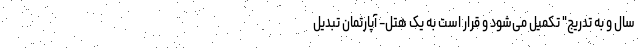
سال و به تدریج" تکمیل می‌شود و قرار است به یک هتل- آپارتمان تبدیل